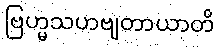
ဗြဟ္မသဟဗျတာယာတိ